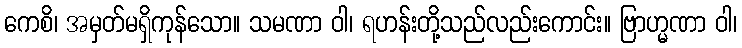
ကေစိ၊ အမှတ်မရှိကုန်သော။ သမဏာ ဝါ၊ ရဟန်းတို့သည်လည်းကောင်း။ ဗြာဟ္မဏာ ဝါ၊